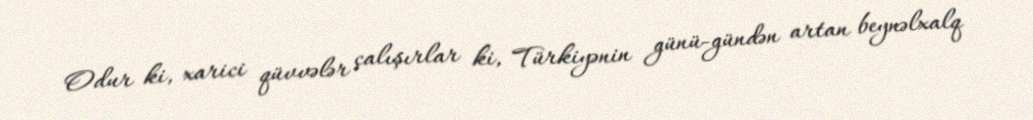
Odur ki, xarici qüvvələr çalışırlar ki, Türkiyənin günü-gündən artan beynəlxalq